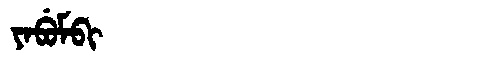
Manchu: ᠶᠠᠪᡠᠮᠪᡳ
Romanization: YABUMBI